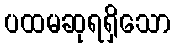
ပထမဆုရရှိသော